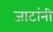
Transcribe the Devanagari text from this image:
जाटांनी